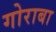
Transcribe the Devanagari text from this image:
गोराबा